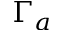
\Gamma _ { a }